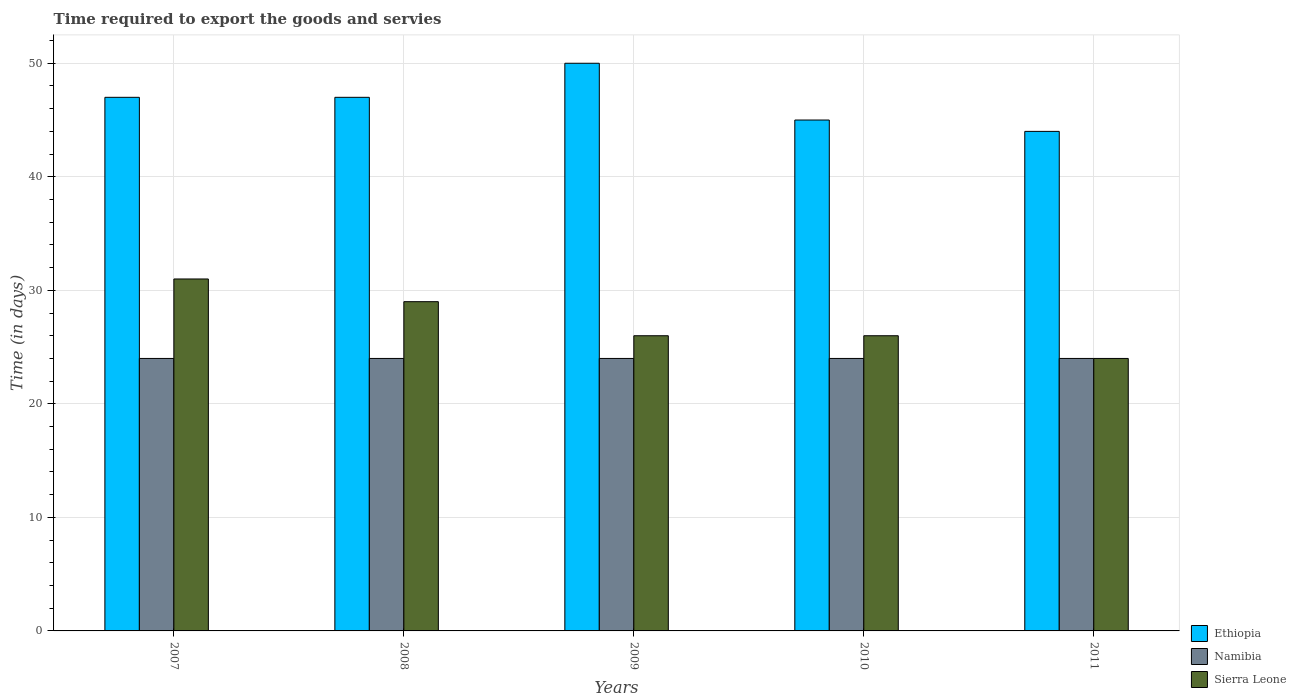
| Years | Ethiopia | Namibia | Sierra Leone |
 | --- | --- | --- | --- |
 | 2007 | 47 | 24 | 31 |
 | 2008 | 47 | 24 | 29 |
 | 2009 | 50 | 24 | 26 |
 | 2010 | 45 | 24 | 26 |
 | 2011 | 44 | 24 | 24 |